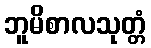
ဘူမိစာလသုတ္တံ